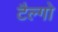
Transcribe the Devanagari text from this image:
टैल्गो